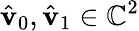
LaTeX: \hat{\mathbf{v}}_{0},\hat{\mathbf{v}}_{1}\in\mathbb{C}^{2}